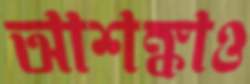
আশঙ্কাও